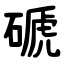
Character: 磃